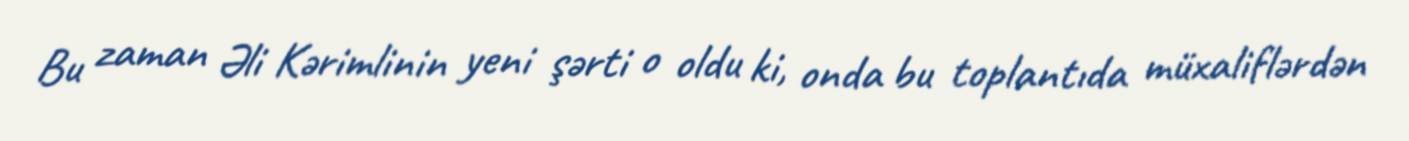
Bu zaman Əli Kərimlinin yeni şərti o oldu ki, onda bu toplantıda müxaliflərdən